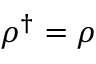
\rho ^ { \dagger } = \rho